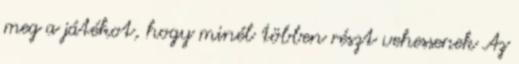
meg a játékot, hogy minél többen részt vehessenek Az